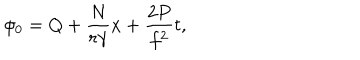
\phi _ { 0 } = Q + \frac { N } { r { \gamma } } x + { \frac { 2 P } { f ^ { 2 } } } t ,